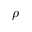
\rho